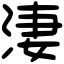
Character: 淒